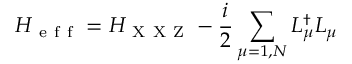
H _ { \mathrm { ~ e ~ f ~ f ~ } } = H _ { \mathrm { ~ X ~ X ~ Z ~ } } - \frac { i } { 2 } \sum _ { \mu = 1 , N } L _ { \mu } ^ { \dagger } L _ { \mu }